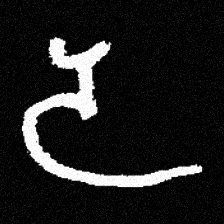
Pyu character \u2014 Myanmar letter: ဒ (romanized: da)